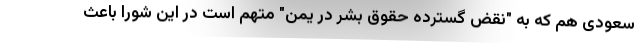
سعودی هم که به "نقض گسترده حقوق بشر در یمن" متهم است در این شورا باعث